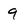
Character: 9